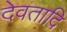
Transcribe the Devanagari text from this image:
देवतादि